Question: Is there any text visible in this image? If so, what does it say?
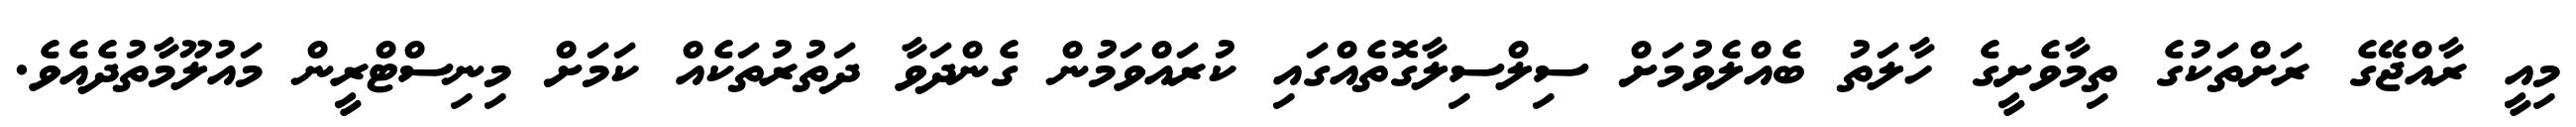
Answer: މިއީ ރާއްޖޭގެ ރަށްތަކުގެ ތިމާވެށީގެ ހާލަތު ބެއްލެވުމަށް ސިލްސިލާގޮތެއްގައި ކުރައްވަމުން ގެންދަވާ ދަތުރުތަކެއް ކަމަށް މިނިސްޓްރީން މައުލޫމާތުދެއެވެ.